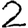
Digit: 2